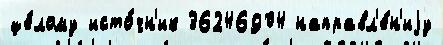
це́лому исто́чн'ик 36246904 направл'е́н'иjу